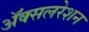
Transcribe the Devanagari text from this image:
अॅक्सलरेशन